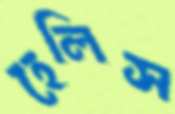
হেলিস